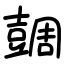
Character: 𧯼